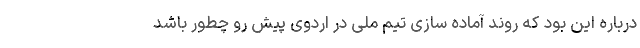
درباره این بود که روند آماده سازی تیم ملی در اردوی پیش رو چطور باشد